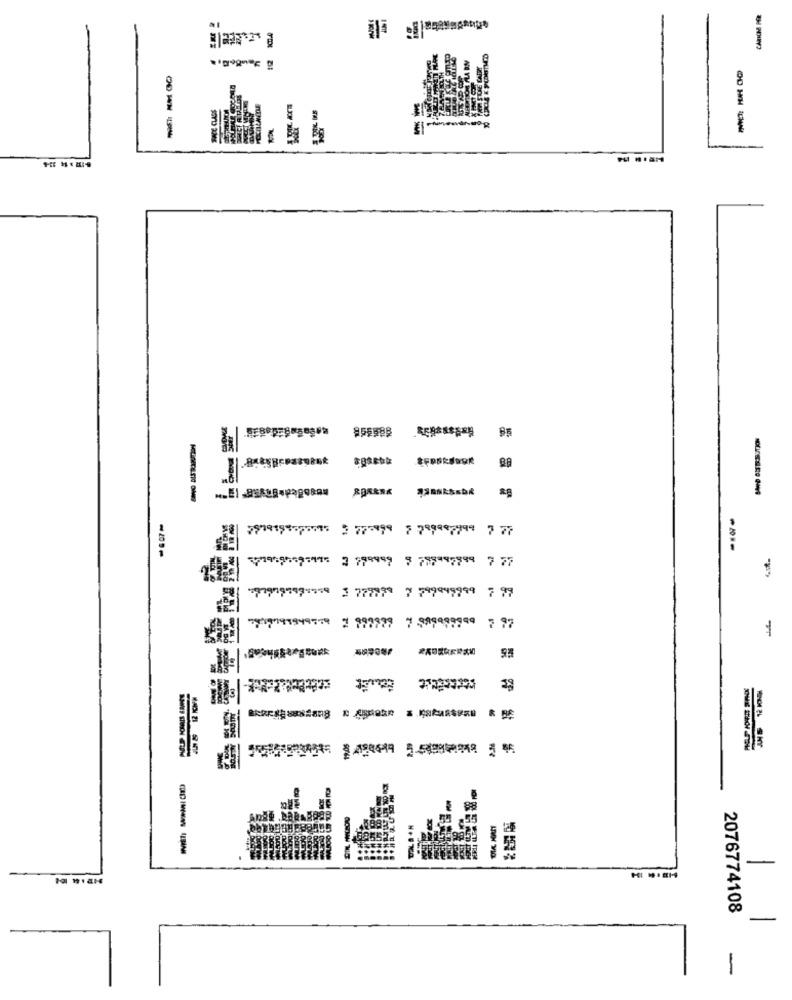
7(19154:30075 3 775999 7 789987799 7 77
----
(19.9509:495 2 799999 9 788987799 7 77
3 777999 7 799449999 7 99
74197919499 997379 7 949999999 7 97
.
-
2076774108
-